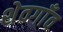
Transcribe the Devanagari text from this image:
शेवगाँव